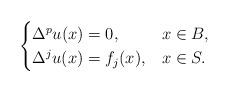
LaTeX: \begin{align*} \begin{cases} \Delta^pu(x)=0, & x\in B, \\ \Delta^ju(x)=f_j(x), & \mbox{} x\in S. \end{cases} \end{align*}